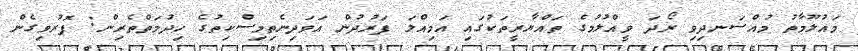
މައުލޫމާތު މުއްސަނދިވި ރޯދަ ވީއްލުމުގެ ތައްޔާރީތަކުގައި އަމިއްލަ ފަރުދުން އަވަދިނެތިމިސްކިތުގެ ހިދުމަތްތެރިން: ފޮރުވިގެން